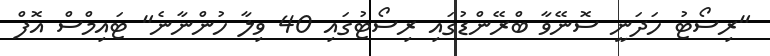
"ރިސޯޓު ހަދަނީ ސޮނޭވާ ބްރޭންޑުގައި ރިސޯޓުގައި 40 ވިލާ ހުންނާނެ" ޓައިމްސް އޮފް